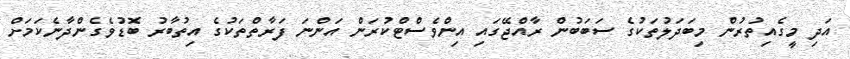
އަދި މީގެއިތުރުން މިބަދަލުތަކުގެ ސަބަބުން ރާއްޖޭގައި އިންވެސްޓްކުރަން އަންނަ ފަރާތްތަކުގެ އިތުބާރު ބޮޑުވެގެންދާނެކަމަށް